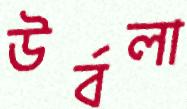
উর্বলা